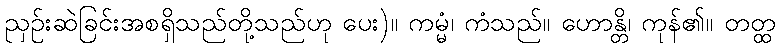
ညှဉ်းဆဲခြင်းအစရှိသည်တို့သည်ဟု ပေး)။ ကမ္မံ၊ ကံသည်။ ဟောန္တိ၊ ကုန်၏။ တတ္ထ